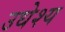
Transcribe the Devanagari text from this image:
उधेश्य